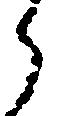
ら